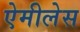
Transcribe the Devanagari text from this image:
ऐमीलेस